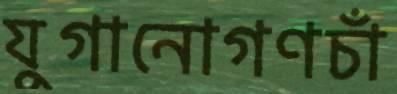
যুগানোগণচাঁ